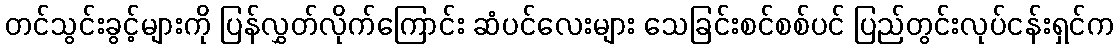
တင်သွင်းခွင့်များကို ပြန်လွှတ်လိုက်ကြောင်း ဆံပင်လေးများ သေခြင်းစင်စစ်ပင် ပြည်တွင်းလုပ်ငန်းရှင်က